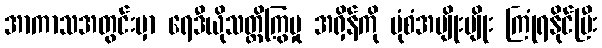
အာကာသအတွင်းမှာ ရေဒီယိုသတ္တိကြွမှု အရှိန်ကို ပုံစံအမျိုးမျိုး ကြုံရနိုင်ပြီး